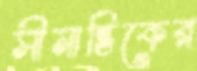
সীমান্তিকের